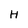
Character: H